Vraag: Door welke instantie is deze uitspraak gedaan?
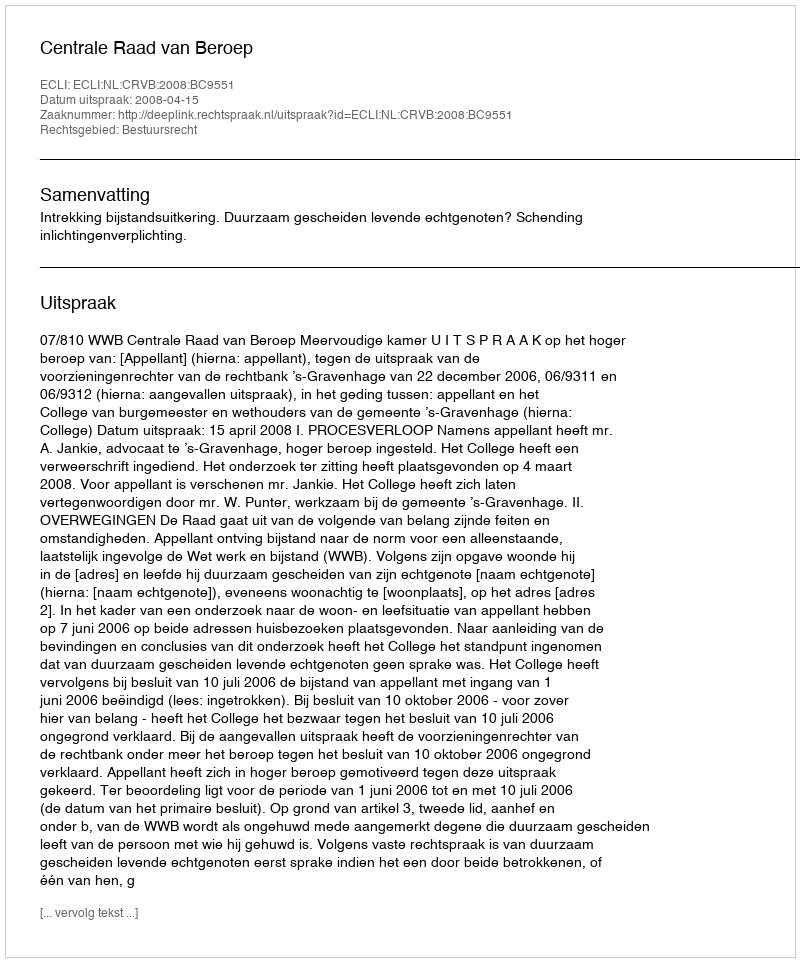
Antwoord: Centrale Raad van Beroep